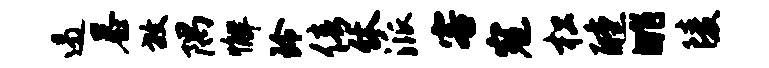
遏暴放隅懈玲倩休派客寇松醺眺陵